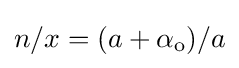
n/x=(a+\alpha _{\rm {o}})/a